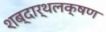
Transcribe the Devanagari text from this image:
शब्दार्थलक्षण